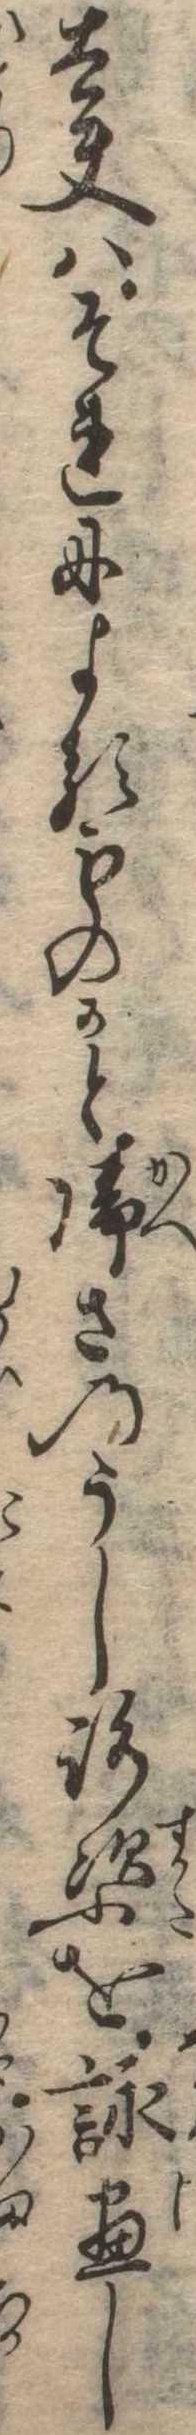
太夫はそれによるものかと帰さのうしろ姿を詠尽し